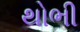
થોભી